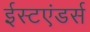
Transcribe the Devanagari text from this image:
ईस्टएंडर्स